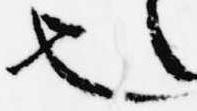
也